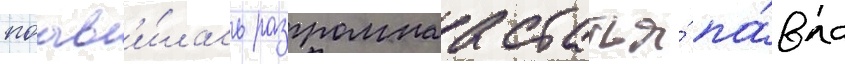
поав'и́лась разгромнаа статья́ па́вла